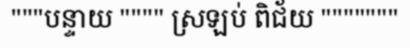
"""បន្ទាយ """" ស្រឡប់ ពិជ័យ """""""